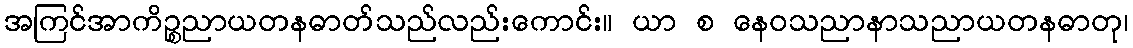
အကြင်အာကိဉ္စညာယတနဓာတ်သည်လည်းကောင်း။ ယာ စ နေဝသညာနာသညာယတနဓာတု၊